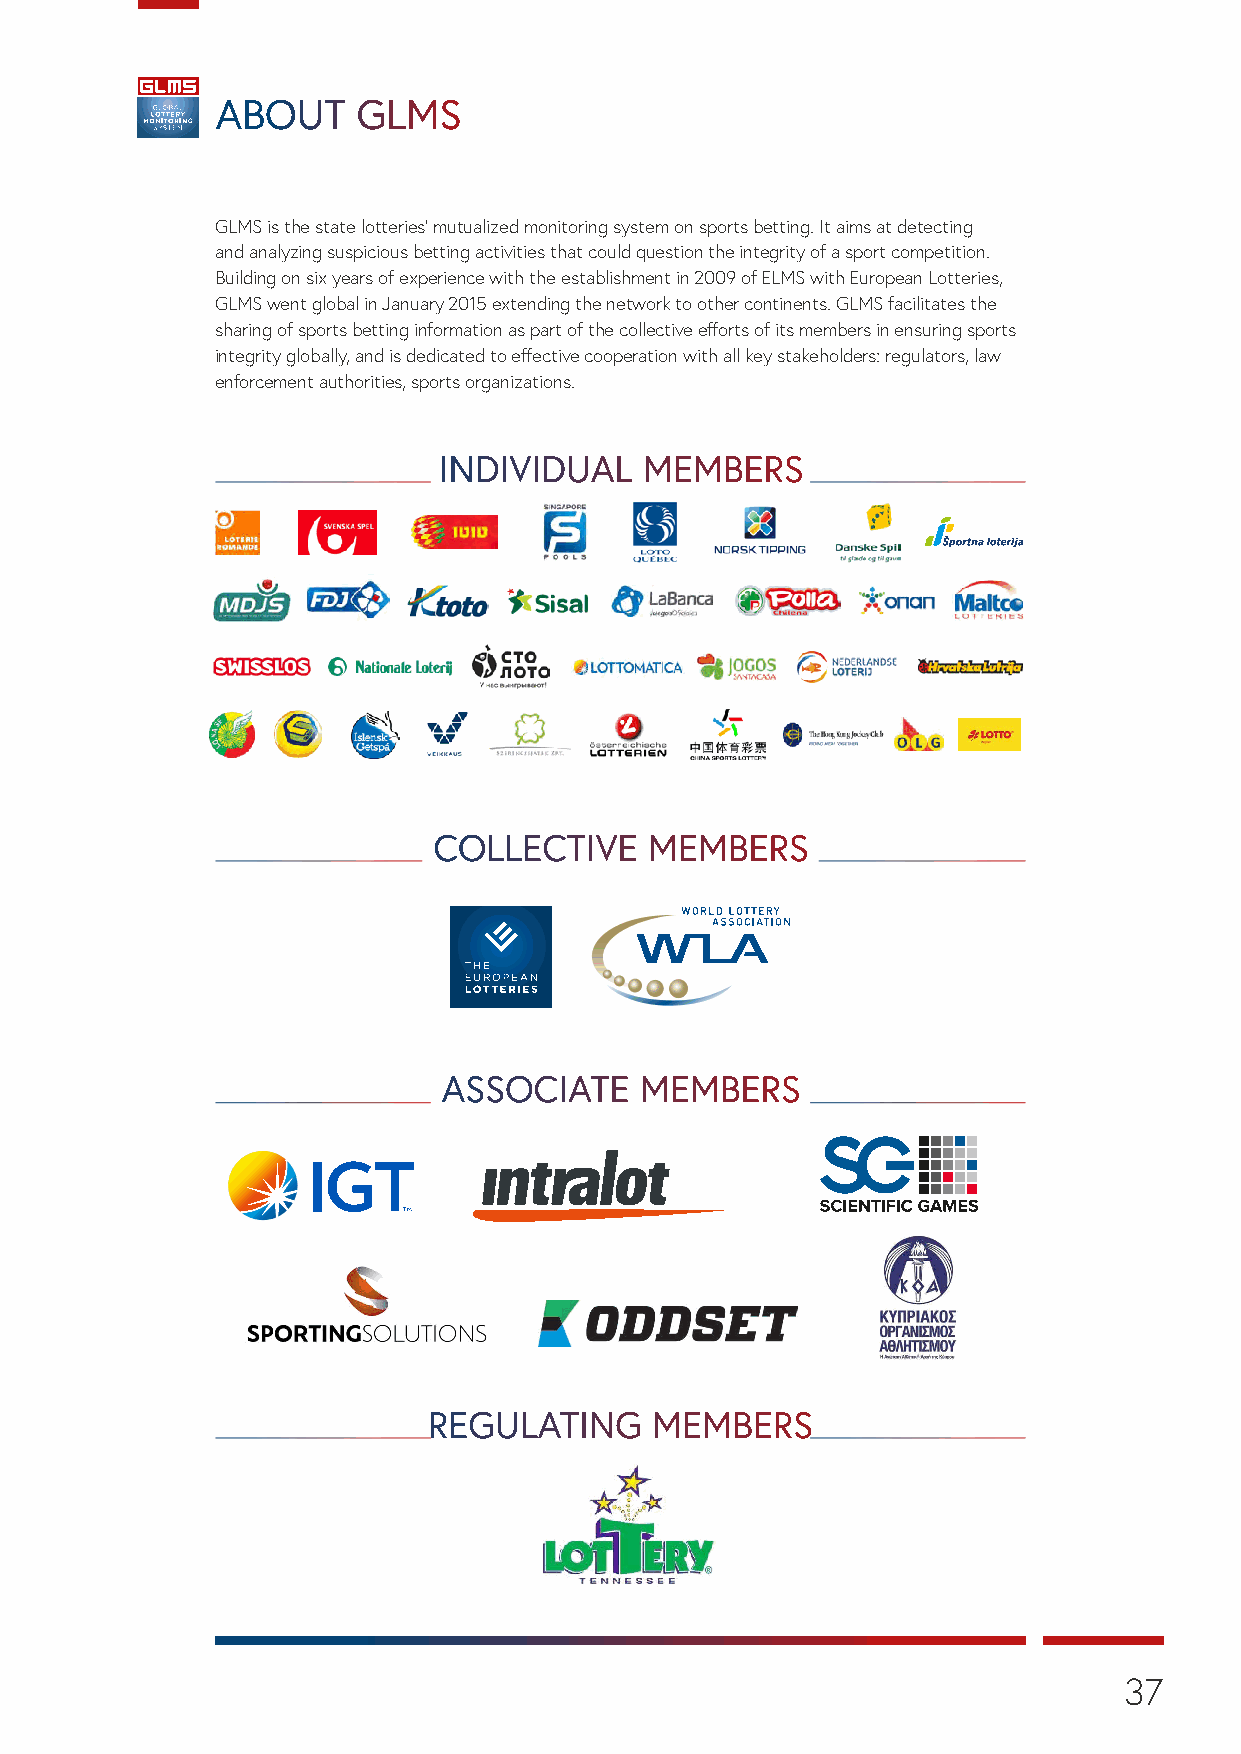
ABOUT     GLMS
 GLMS is the state lotteries’ mutualized monitoring system on sports betting. It aims at detecting
 and analyzing suspicious betting activities that could question the integrity of a sport competition.
 Building on six years of experience with the establishment in 2009 of ELMS with European Lotteries,
 GLMS went global in January 2015 extending the network to other continents. GLMS facilitates the
 sharing of sports betting information as part of the collective efforts of its members in ensuring sports
 integrity globally, and is dedicated to effective cooperation with all key stakeholders: regulators, law
 enforcement authorities, sports organizations.
 INDIVIDUAL    MEMBERS
 COLLECTIVE    MEMBERS
 ASSOCIATE    MEMBERS
 REGULATING     MEMBERS
 37